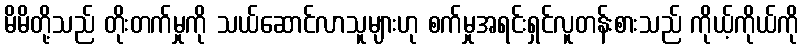
မိမိတို့သည် တိုးတက်မှုကို သယ်ဆောင်လာသူများဟု စက်မှုအရင်းရှင်လူတန်းစားသည် ကိုယ့်ကိုယ်ကို